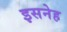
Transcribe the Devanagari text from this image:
इसनेह